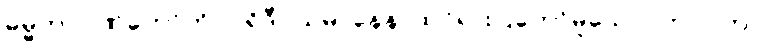
ဓမ္မတာဂုဏ်တော်ကို။ ပရိဒီပယမာနေန၊ ထင်ရှားပြတော်မူသော။ ဘဂဝတာ၊